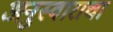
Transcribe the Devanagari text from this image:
अनुस्वाराचा